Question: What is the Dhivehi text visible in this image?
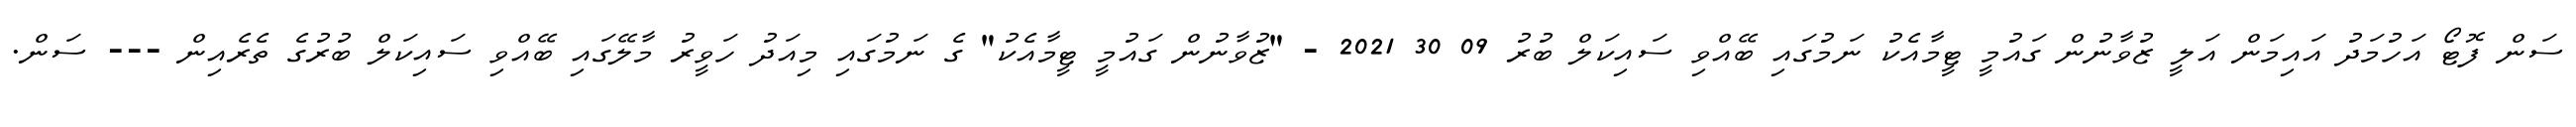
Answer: ސަން ފޮޓޯ އަހުމަދު އައިމަން އަލީ ޒުވާނުން ގައުމީ ޓީމާއެކު ނަމުގައި ބޭއްވި ސައިކަލް ބުރު 09 30 2021 - "ޒުވާނުން ގައުމީ ޓީމާއެކު" ގެ ނަމުގައި މިއަދު ހަވީރު މާލޭގައި ބޭއްވި ސައިކަލް ބުރުގެ ތެރެއިން --- ސަން.